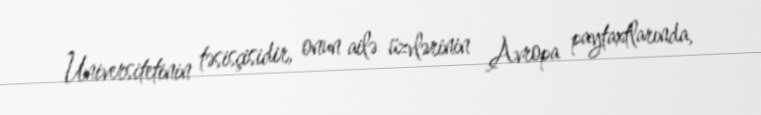
Universitetinin təsisçisidir, onun ailə üzvlərinin Avropa paytaxtlarında,